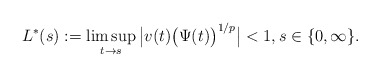
\begin{align*}L^*(s):=\limsup_{t\to s}\big|v(t)\big(\Psi(t)\big)^{1/p}\big|<1,s\in\{0,\infty\}.\end{align*}